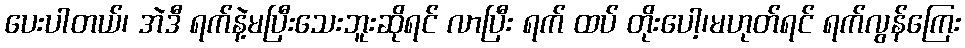
ပေးပါတယ်၊ အဲဒီ ရက်နဲ့မပြီးသေးဘူးဆိုရင် လာပြီး ရက် ထပ် တိုးပေါ့၊မဟုတ်ရင် ရက်လွန်ကြေး